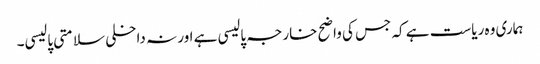
ہماری وہ ریاست ہے کہ جس کی واضح خارجہ پالیسی ہے اور نہ داخلی سلامتی پالیسی۔